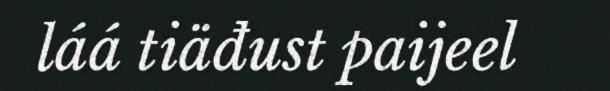
láá tiäđust paijeel